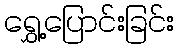
ရွှေ့ပြောင်းခြင်း